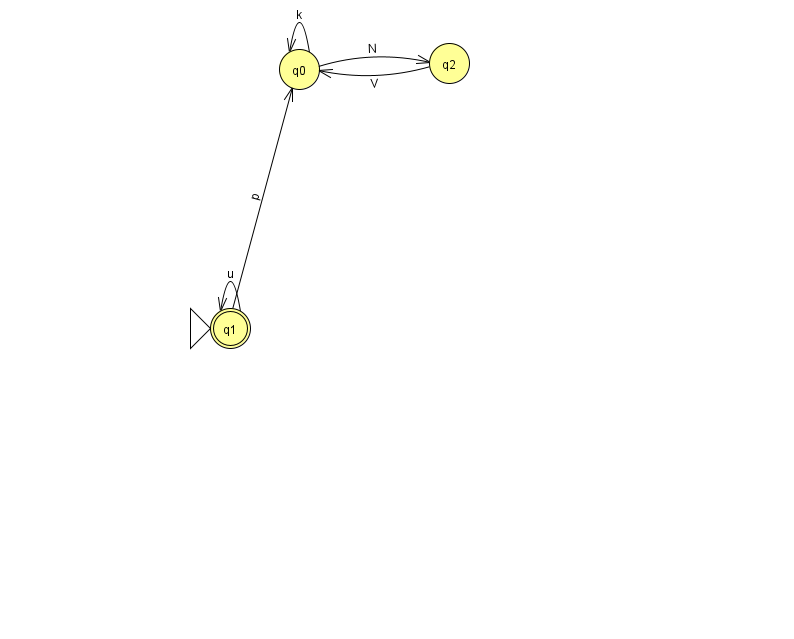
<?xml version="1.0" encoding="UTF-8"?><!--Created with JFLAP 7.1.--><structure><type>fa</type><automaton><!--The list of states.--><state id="0" name="q0"><x>299.0</x><y>56.0</y></state><state id="1" name="q1"><x>230.0</x><y>315.0</y><initial/><final/></state><state id="2" name="q2"><x>449.0</x><y>50.0</y></state><!--The list of transitions.--><transition><from>0</from><to>2</to><read>N</read></transition><transition><from>1</from><to>1</to><read>u</read></transition><transition><from>0</from><to>0</to><read>k</read></transition><transition><from>2</from><to>0</to><read>V</read></transition><transition><from>1</from><to>0</to><read>p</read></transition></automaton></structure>